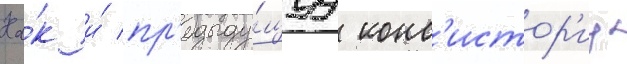
Ка́к и́ пр'едыду́щуу конс'истор'иу